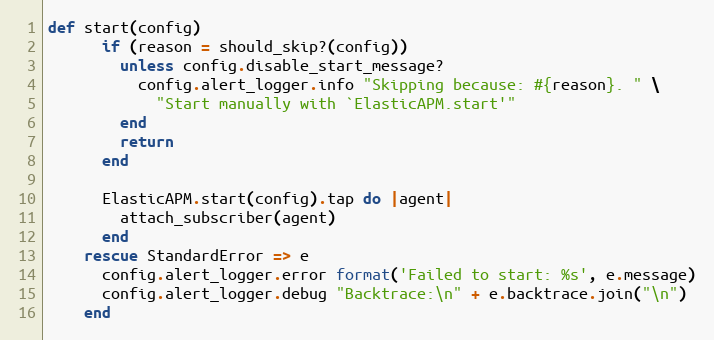
Language: Ruby
def start(config)
      if (reason = should_skip?(config))
        unless config.disable_start_message?
          config.alert_logger.info "Skipping because: #{reason}. " \
            "Start manually with `ElasticAPM.start'"
        end
        return
      end

      ElasticAPM.start(config).tap do |agent|
        attach_subscriber(agent)
      end
    rescue StandardError => e
      config.alert_logger.error format('Failed to start: %s', e.message)
      config.alert_logger.debug "Backtrace:\n" + e.backtrace.join("\n")
    end